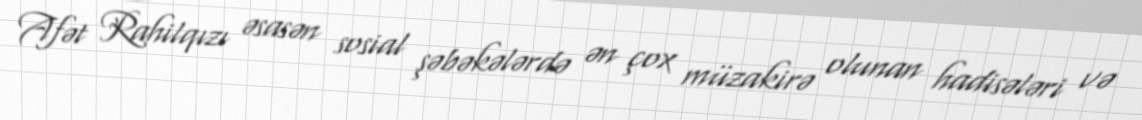
Afət Rahilqızı əsasən sosial şəbəkələrdə ən çox müzakirə olunan hadisələri və